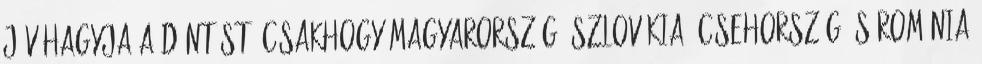
jóváhagyja a döntést. Csakhogy Magyarország, Szlovákia, Csehország és Románia